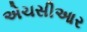
એચસીઆર